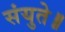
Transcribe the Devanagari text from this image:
संयुते॥